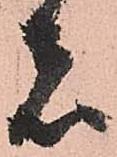
者